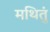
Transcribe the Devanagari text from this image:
मथितुं